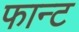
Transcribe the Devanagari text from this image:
फान्ट